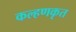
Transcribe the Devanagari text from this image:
कल्हणकृत